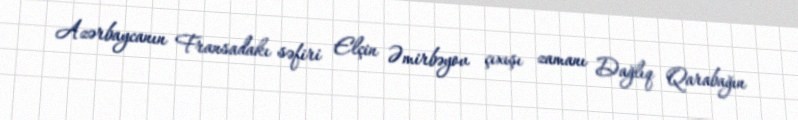
Azərbaycanın Fransadakı səfiri Elçin Əmirbəyov çıxışı zamanı Dağlıq Qarabağın